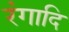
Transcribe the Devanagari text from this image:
रंगादि